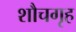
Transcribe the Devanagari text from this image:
शौचगृह